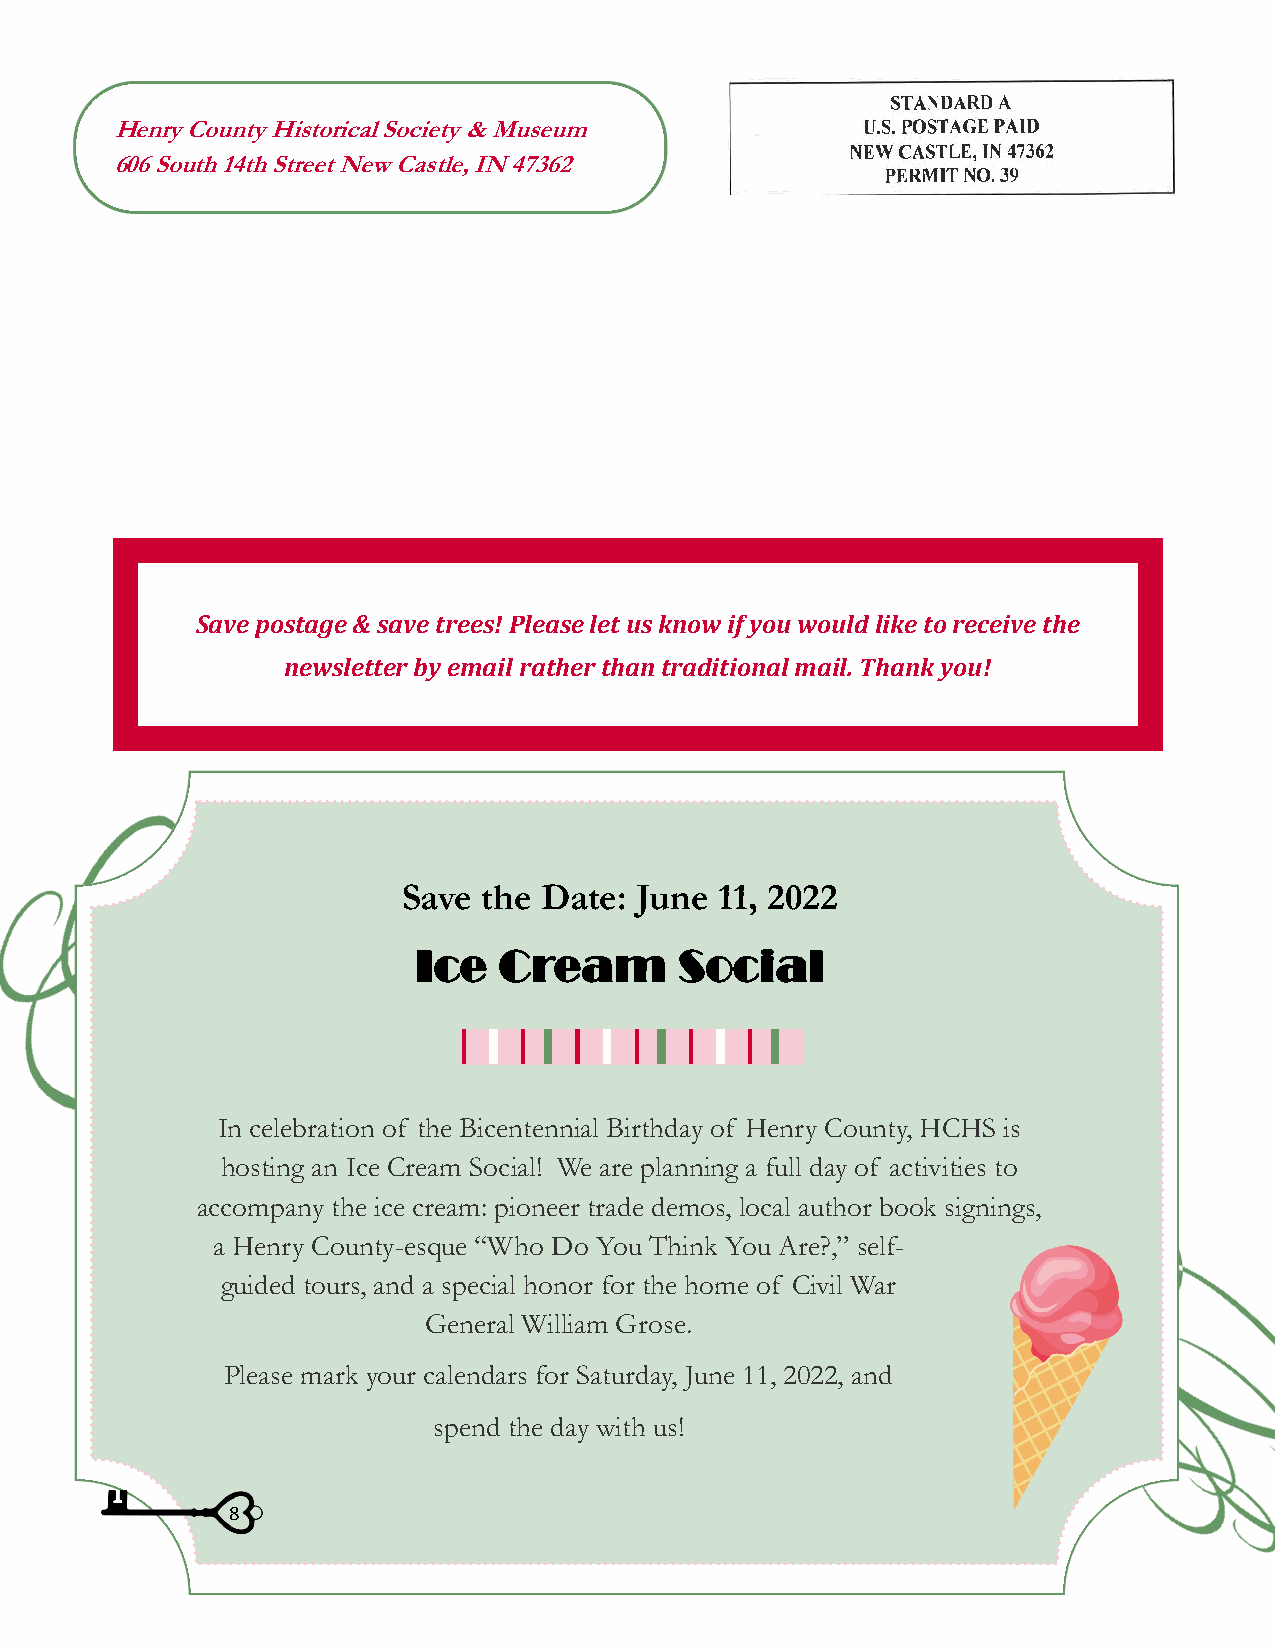
Henry County Historical Society & Museum
 606 South 14th Street New Castle, IN 47362
 Save postage & save trees! Please let us know if you would like to receive the
 newsletter by email rather than traditional mail. Thank you!
 Save the Date: June  11, 2022
 Ice   Cream       Social
 In celebration of the Bicentennial Birthday of Henry County, HCHS is
 hosting an Ice Cream Social! We are planning a full day of activities to
 accompany the ice cream: pioneer trade demos, local author book signings,
 a Henry County-esque “Who Do You Think You Are?,” self-
 guided tours, and a special honor for the home of Civil War
 General William Grose.
 Please mark your calendars for Saturday, June 11, 2022, and
 spend the day with us!
 8